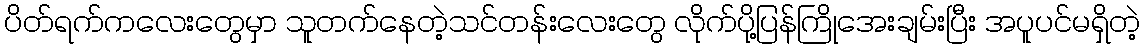
ပိတ်ရက်ကလေးတွေမှာ သူတက်နေတဲ့သင်တန်းလေးတွေ လိုက်ပို့ပြန်ကြိုအေးချမ်းပြီး အပူပင်မရှိတဲ့